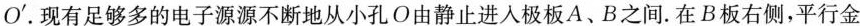
O'.现有足够多的电子源源不断地从小孔O由静止进人极板A、B之间。在B板右侧平行，平行金